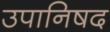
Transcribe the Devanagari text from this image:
उपानिषद